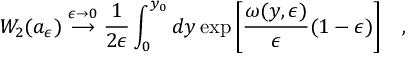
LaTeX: W _ { 2 } ( a _ { \epsilon } ) \stackrel { \epsilon \rightarrow 0 } { \longrightarrow } { \frac { 1 } { 2 \epsilon } } \int _ { 0 } ^ { y _ { 0 } } d y \exp \left[ { \frac { \omega ( y , \epsilon ) } { \epsilon } } ( 1 - \epsilon ) \right] \; \; \; ,